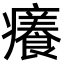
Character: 癢